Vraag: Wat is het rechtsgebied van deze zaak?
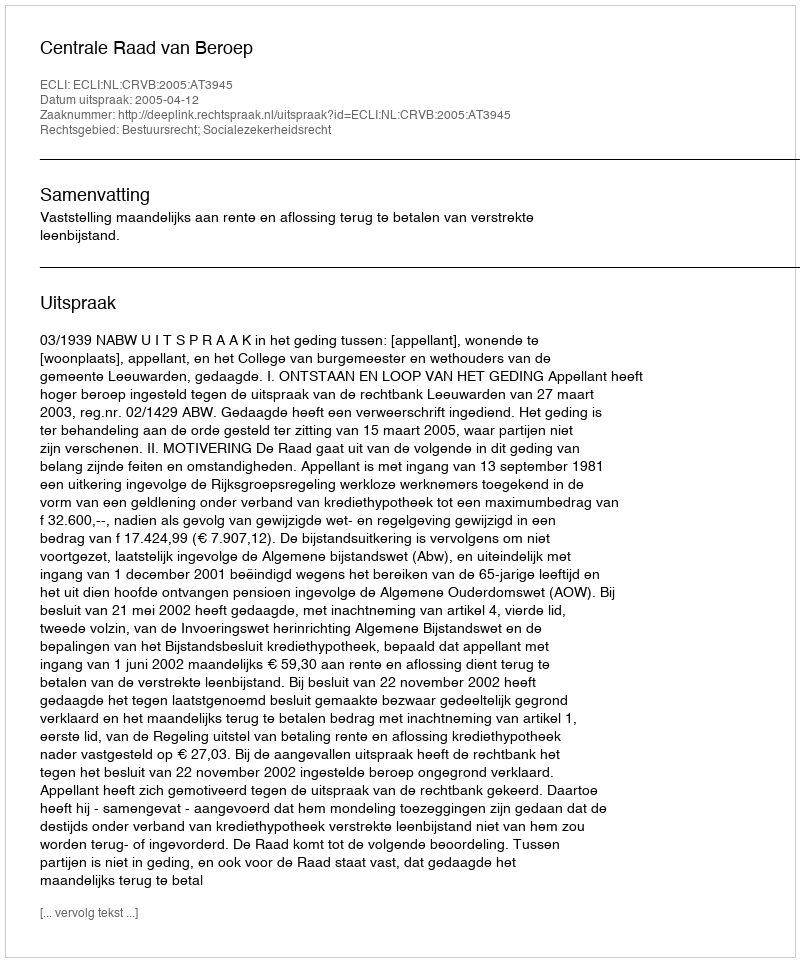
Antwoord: Bestuursrecht; Socialezekerheidsrecht